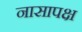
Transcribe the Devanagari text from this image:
नासापक्ष